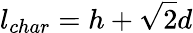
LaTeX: l_{char}=h+\sqrt{2}d